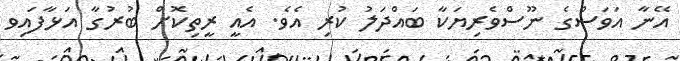
އޭނާ އަވަސްގެ ނޫސްވެރިޔަކާ ބައްދަލު ކުރި އެވެ. އެއީ ރީތިކޮށް ބުރުގާ އަޅާފައިވ